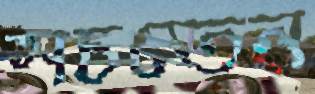
সচতেন